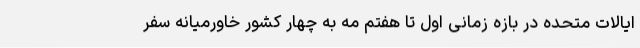
ایالات متحده در بازه زمانی اول تا هفتم مه به چهار کشور خاورمیانه سفر